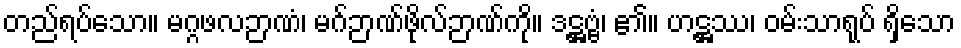
တည်ရပ်သော။ မဂ္ဂဖလဉာဏံ၊ မဂ်ဉာဏ်ဖိုလ်ဉာဏ်ကို။ ဒဋ္ဌဗ္ဗံ၊ ၏။ ဟဋ္ဌဿ၊ ဝမ်းသာရုပ် ရှိသော